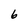
Character: 6